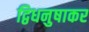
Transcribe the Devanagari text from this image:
द्विधनुषाकर